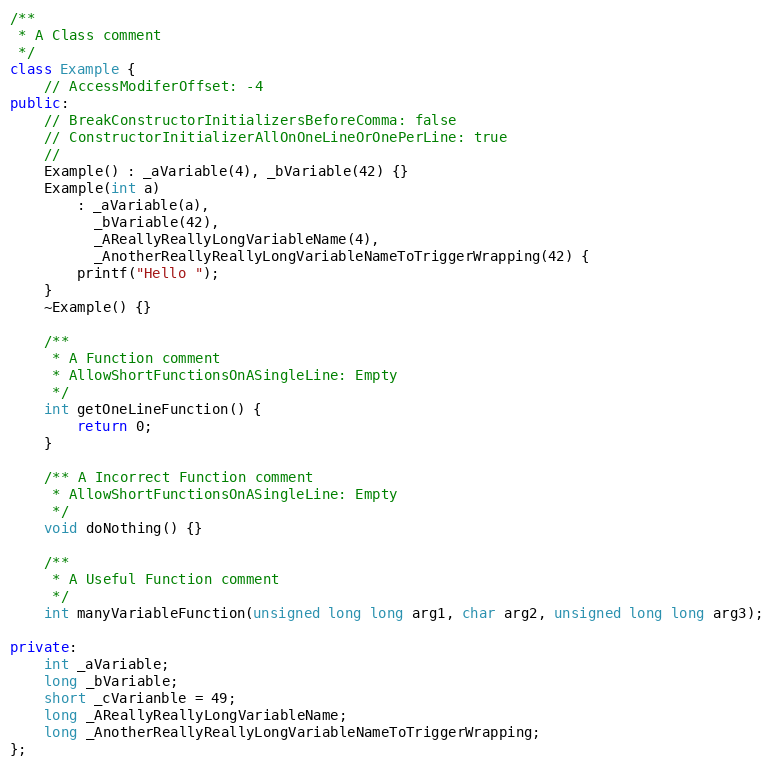
Language: C++
/**
 * A Class comment
 */
class Example {
    // AccessModiferOffset: -4
public:
    // BreakConstructorInitializersBeforeComma: false
    // ConstructorInitializerAllOnOneLineOrOnePerLine: true
    //
    Example() : _aVariable(4), _bVariable(42) {}
    Example(int a)
        : _aVariable(a),
          _bVariable(42),
          _AReallyReallyLongVariableName(4),
          _AnotherReallyReallyLongVariableNameToTriggerWrapping(42) {
        printf("Hello ");
    }
    ~Example() {}

    /**
     * A Function comment
     * AllowShortFunctionsOnASingleLine: Empty
     */
    int getOneLineFunction() {
        return 0;
    }

    /** A Incorrect Function comment
     * AllowShortFunctionsOnASingleLine: Empty
     */
    void doNothing() {}

    /**
     * A Useful Function comment
     */
    int manyVariableFunction(unsigned long long arg1, char arg2, unsigned long long arg3);

private:
    int _aVariable;
    long _bVariable;
    short _cVarianble = 49;
    long _AReallyReallyLongVariableName;
    long _AnotherReallyReallyLongVariableNameToTriggerWrapping;
};